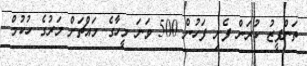
ތަންފީޒު ކުރަން ފެށި ފަހުން 500 ވަނަ މީހާގެ މައްޗަށް މަރުގެ ހުކުމް